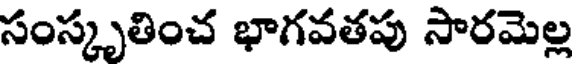
సంస్కృతించ భాగవతపు సారమెల్ల